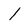
Character: 1